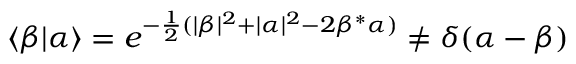
\langle \beta | \alpha \rangle = e ^ { - { \frac { 1 } { 2 } } ( | \beta | ^ { 2 } + | \alpha | ^ { 2 } - 2 \beta ^ { * } \alpha ) } \neq \delta ( \alpha - \beta )